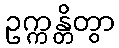
ဥက္ကန္တိတွာ